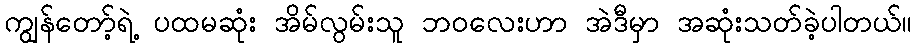
ကျွန်တော့်ရဲ့ ပထမဆုံး အိမ်လွမ်းသူ ဘဝလေးဟာ အဲဒီမှာ အဆုံးသတ်ခဲ့ပါတယ်။